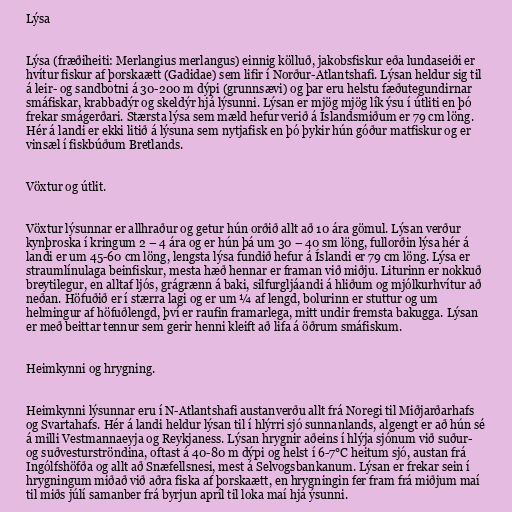
Lýsa

Lýsa (fræðiheiti: Merlangius merlangus) einnig kölluð, jakobsfiskur eða lundaseiði er
hvítur fiskur af þorskaætt (Gadidae) sem lifir í Norður-Atlantshafi. Lýsan heldur sig til
á leir- og sandbotni á 30-200 m dýpi (grunnsævi) og þar eru helstu fæðutegundirnar
smáfiskar, krabbadýr og skeldýr hjá lýsunni. Lýsan er mjög mjög lík ýsu í útliti en þó
frekar smágerðari. Stærsta lýsa sem mæld hefur verið á Íslandsmiðum er 79 cm löng.
Hér á landi er ekki litið á lýsuna sem nytjafisk en þó þykir hún góður matfiskur og er
vinsæl í fiskbúðum Bretlands.

Vöxtur og útlit.

Vöxtur lýsunnar er allhraður og getur hún orðið allt að 10 ára gömul. Lýsan verður
kynþroska í kringum 2 – 4 ára og er hún þá um 30 – 40 sm löng, fullorðin lýsa hér á
landi er um 45-60 cm löng, lengsta lýsa fundið hefur á Íslandi er 79 cm löng. Lýsa er
straumlínulaga beinfiskur, mesta hæð hennar er framan við miðju. Liturinn er nokkuð
breytilegur, en alltaf ljós, grágrænn á baki, silfurgljáandi á hliðum og mjólkurhvítur að
neðan. Höfuðið er í stærra lagi og er um ¼ af lengd, bolurinn er stuttur og um
helmingur af höfuðlengd, því er raufin framarlega, mitt undir fremsta bakugga. Lýsan
er með beittar tennur sem gerir henni kleift að lifa á öðrum smáfiskum.

Heimkynni og hrygning.

Heimkynni lýsunnar eru í N-Atlantshafi austanverðu allt frá Noregi til Miðjarðarhafs
og Svartahafs. Hér á landi heldur lýsan til í hlýrri sjó sunnanlands, algengt er að hún sé
á milli Vestmannaeyja og Reykjaness. Lýsan hrygnir aðeins í hlýja sjónum við suður-
og suðvesturströndina, oftast á 40-80 m dýpi og helst í 6-7°C heitum sjó, austan frá
Ingólfshöfða og allt að Snæfellsnesi, mest á Selvogsbankanum. Lýsan er frekar sein í
hrygningum miðað við aðra fiska af þorskaætt, en hrygningin fer fram frá miðjum maí
til miðs júlí samanber frá byrjun apríl til loka maí hjá ýsunni.